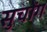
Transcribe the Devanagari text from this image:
सुचोंग